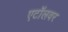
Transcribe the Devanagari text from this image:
एटॉलवर